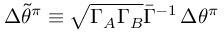
\Delta \widetilde { \theta } ^ { \pi } \equiv { \sqrt { \Gamma _ { A } \Gamma _ { B } } } { \bar { \Gamma } ^ { - 1 } } \, \Delta \theta ^ { \pi }